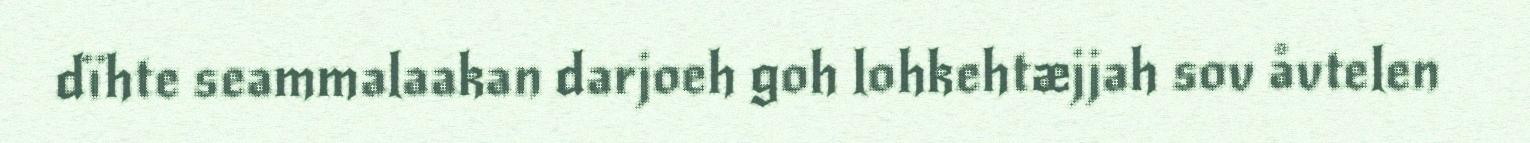
dïhte seammalaakan darjoeh goh lohkehtæjjah sov åvtelen